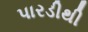
પારડીથી